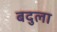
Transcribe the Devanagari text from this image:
बदुला